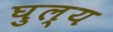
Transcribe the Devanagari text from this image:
घुल्य